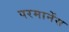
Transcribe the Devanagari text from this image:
परमानेंस